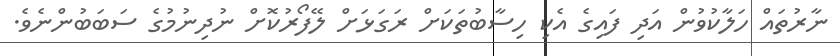
ނާރުތައް ހަލާކުވުން އަދި ފައިގެ އެކި ހިސާބުތަކަށް ރަގަޅަށް ލޭފޯރުކޮށް ނުދިނުމުގެ ސަބަބުންނެވެ.